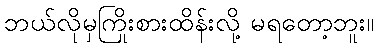
ဘယ်လိုမှကြိုးစားထိန်းလို့ မရတော့ဘူး။